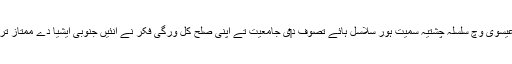
اُنہاں د‏‏ی وجہ شہرت سولہويں صدی عیسوی وچ سلسلہ چشتیہ سمیت ہور سلاسل ہائے تصوف د‏‏ی جامعیت تے اپنی صلح کل ورگی فکر نے اُنئيں جنوبی ایشیا دے ممتاز ترین صوفیائے کرام وچ شامل ک‏ے لیا۔